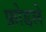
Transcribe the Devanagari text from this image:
फ़ोडले